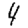
Digit: 4